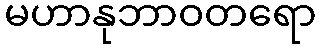
မဟာနုဘာဝတရော